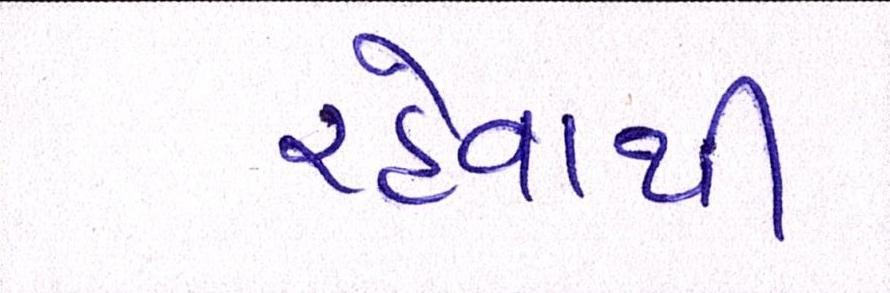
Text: રહેવાથી